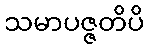
သမာပဇ္ဇတိပိ